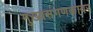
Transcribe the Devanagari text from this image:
मुख्यसंगणकावर